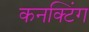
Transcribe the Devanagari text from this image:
कनक्टिंग